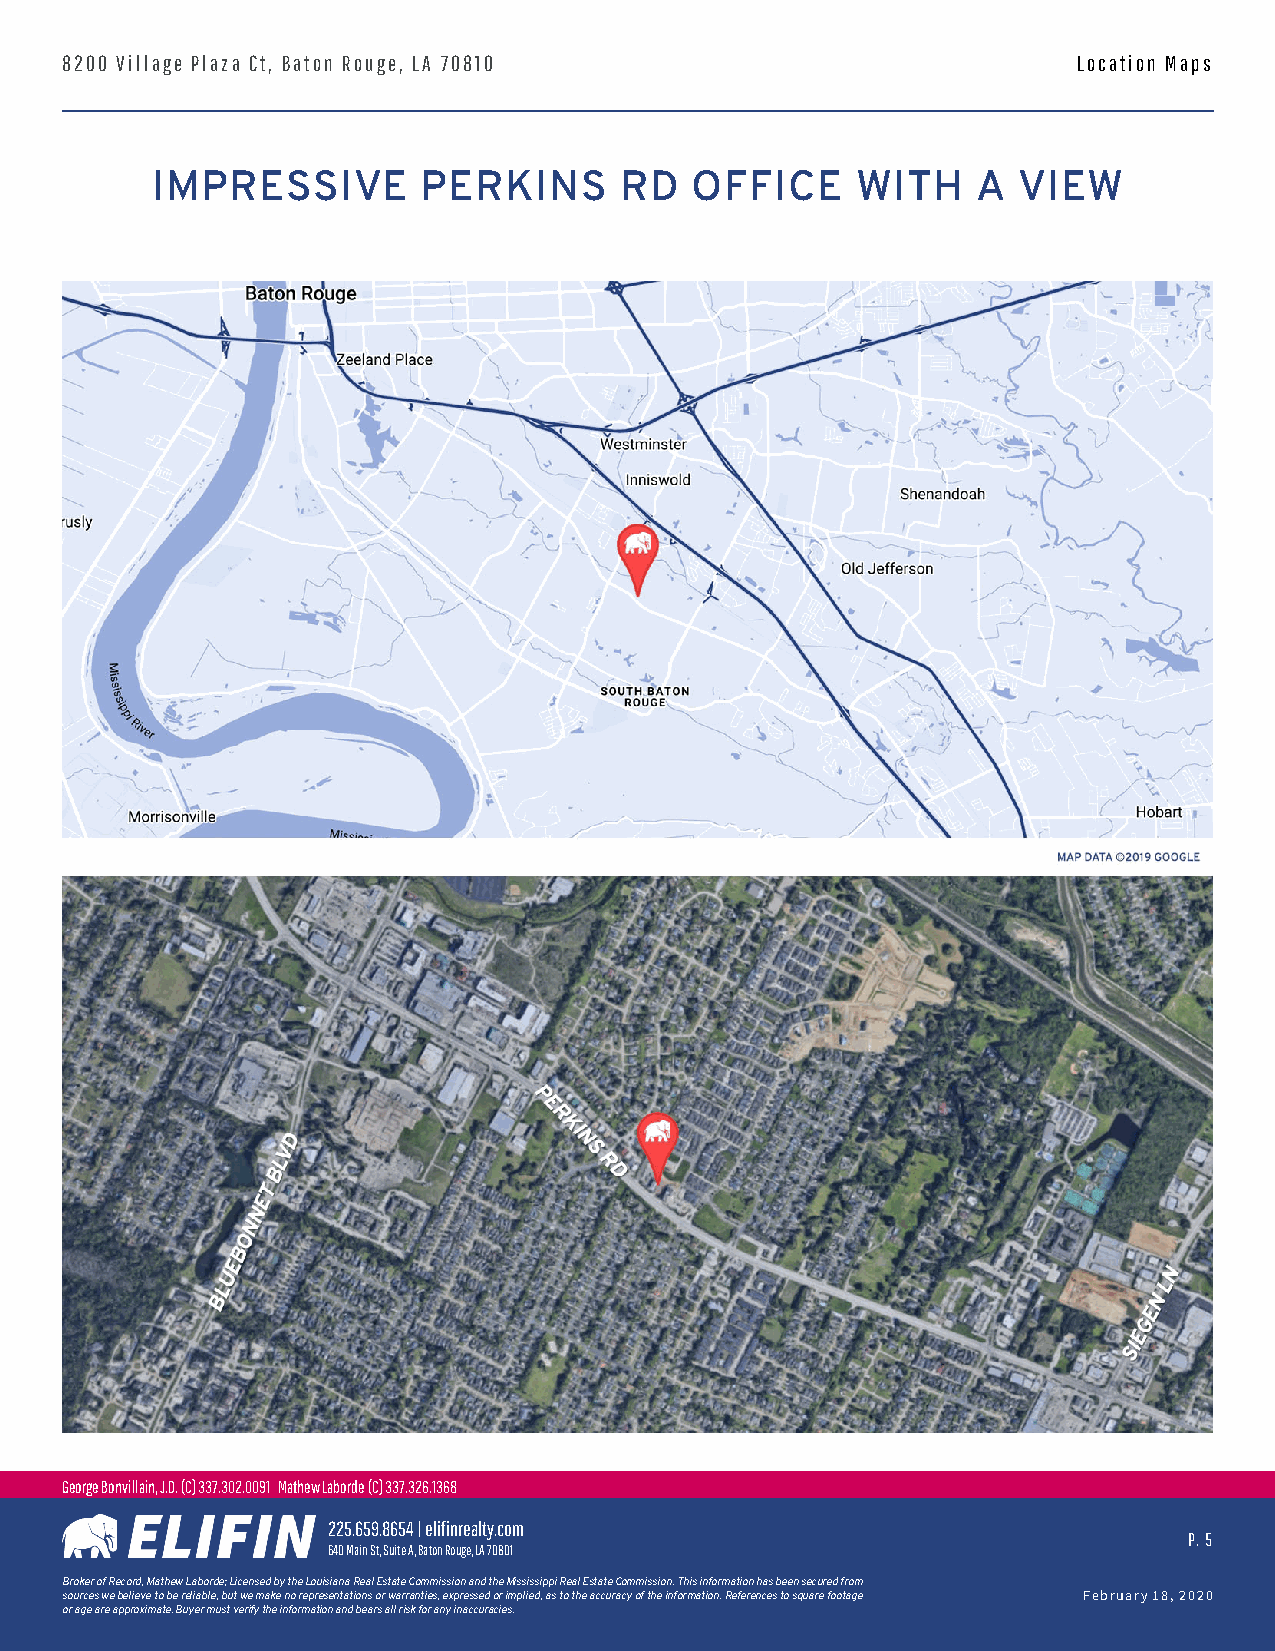
8200 Village Plaza Ct, Baton Rouge, LA 70810                       Location Maps
 IMPRESSIVE        PERKINS      RD   OFFICE     WITH    A VIEW
 George Bonvillain, J.D. (C) 337.302.0091 Mathew Laborde (C) 337.326.1368
 225.659.8654 | elifinrealty.com
 P. 5
 640 Main St, Suite A, Baton Rouge, LA 70801
 BrokerofRecord,MathewLaborde;LicensedbytheLouisianaRealEstateCommissionandtheMississippiRealEstateCommission.Thisinformationhasbeensecuredfrom
 sourceswebelievetobereliable,butwemakenorepresentationsorwarranties,expressedorimplied,astotheaccuracyoftheinformation.Referencestosquarefootage February 18, 2020
 or age are approximate. Buyer must verify the information and bears all risk for any inaccuracies.
 for more information contact: